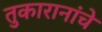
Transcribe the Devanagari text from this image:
तुकारानांचे